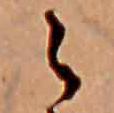
ら